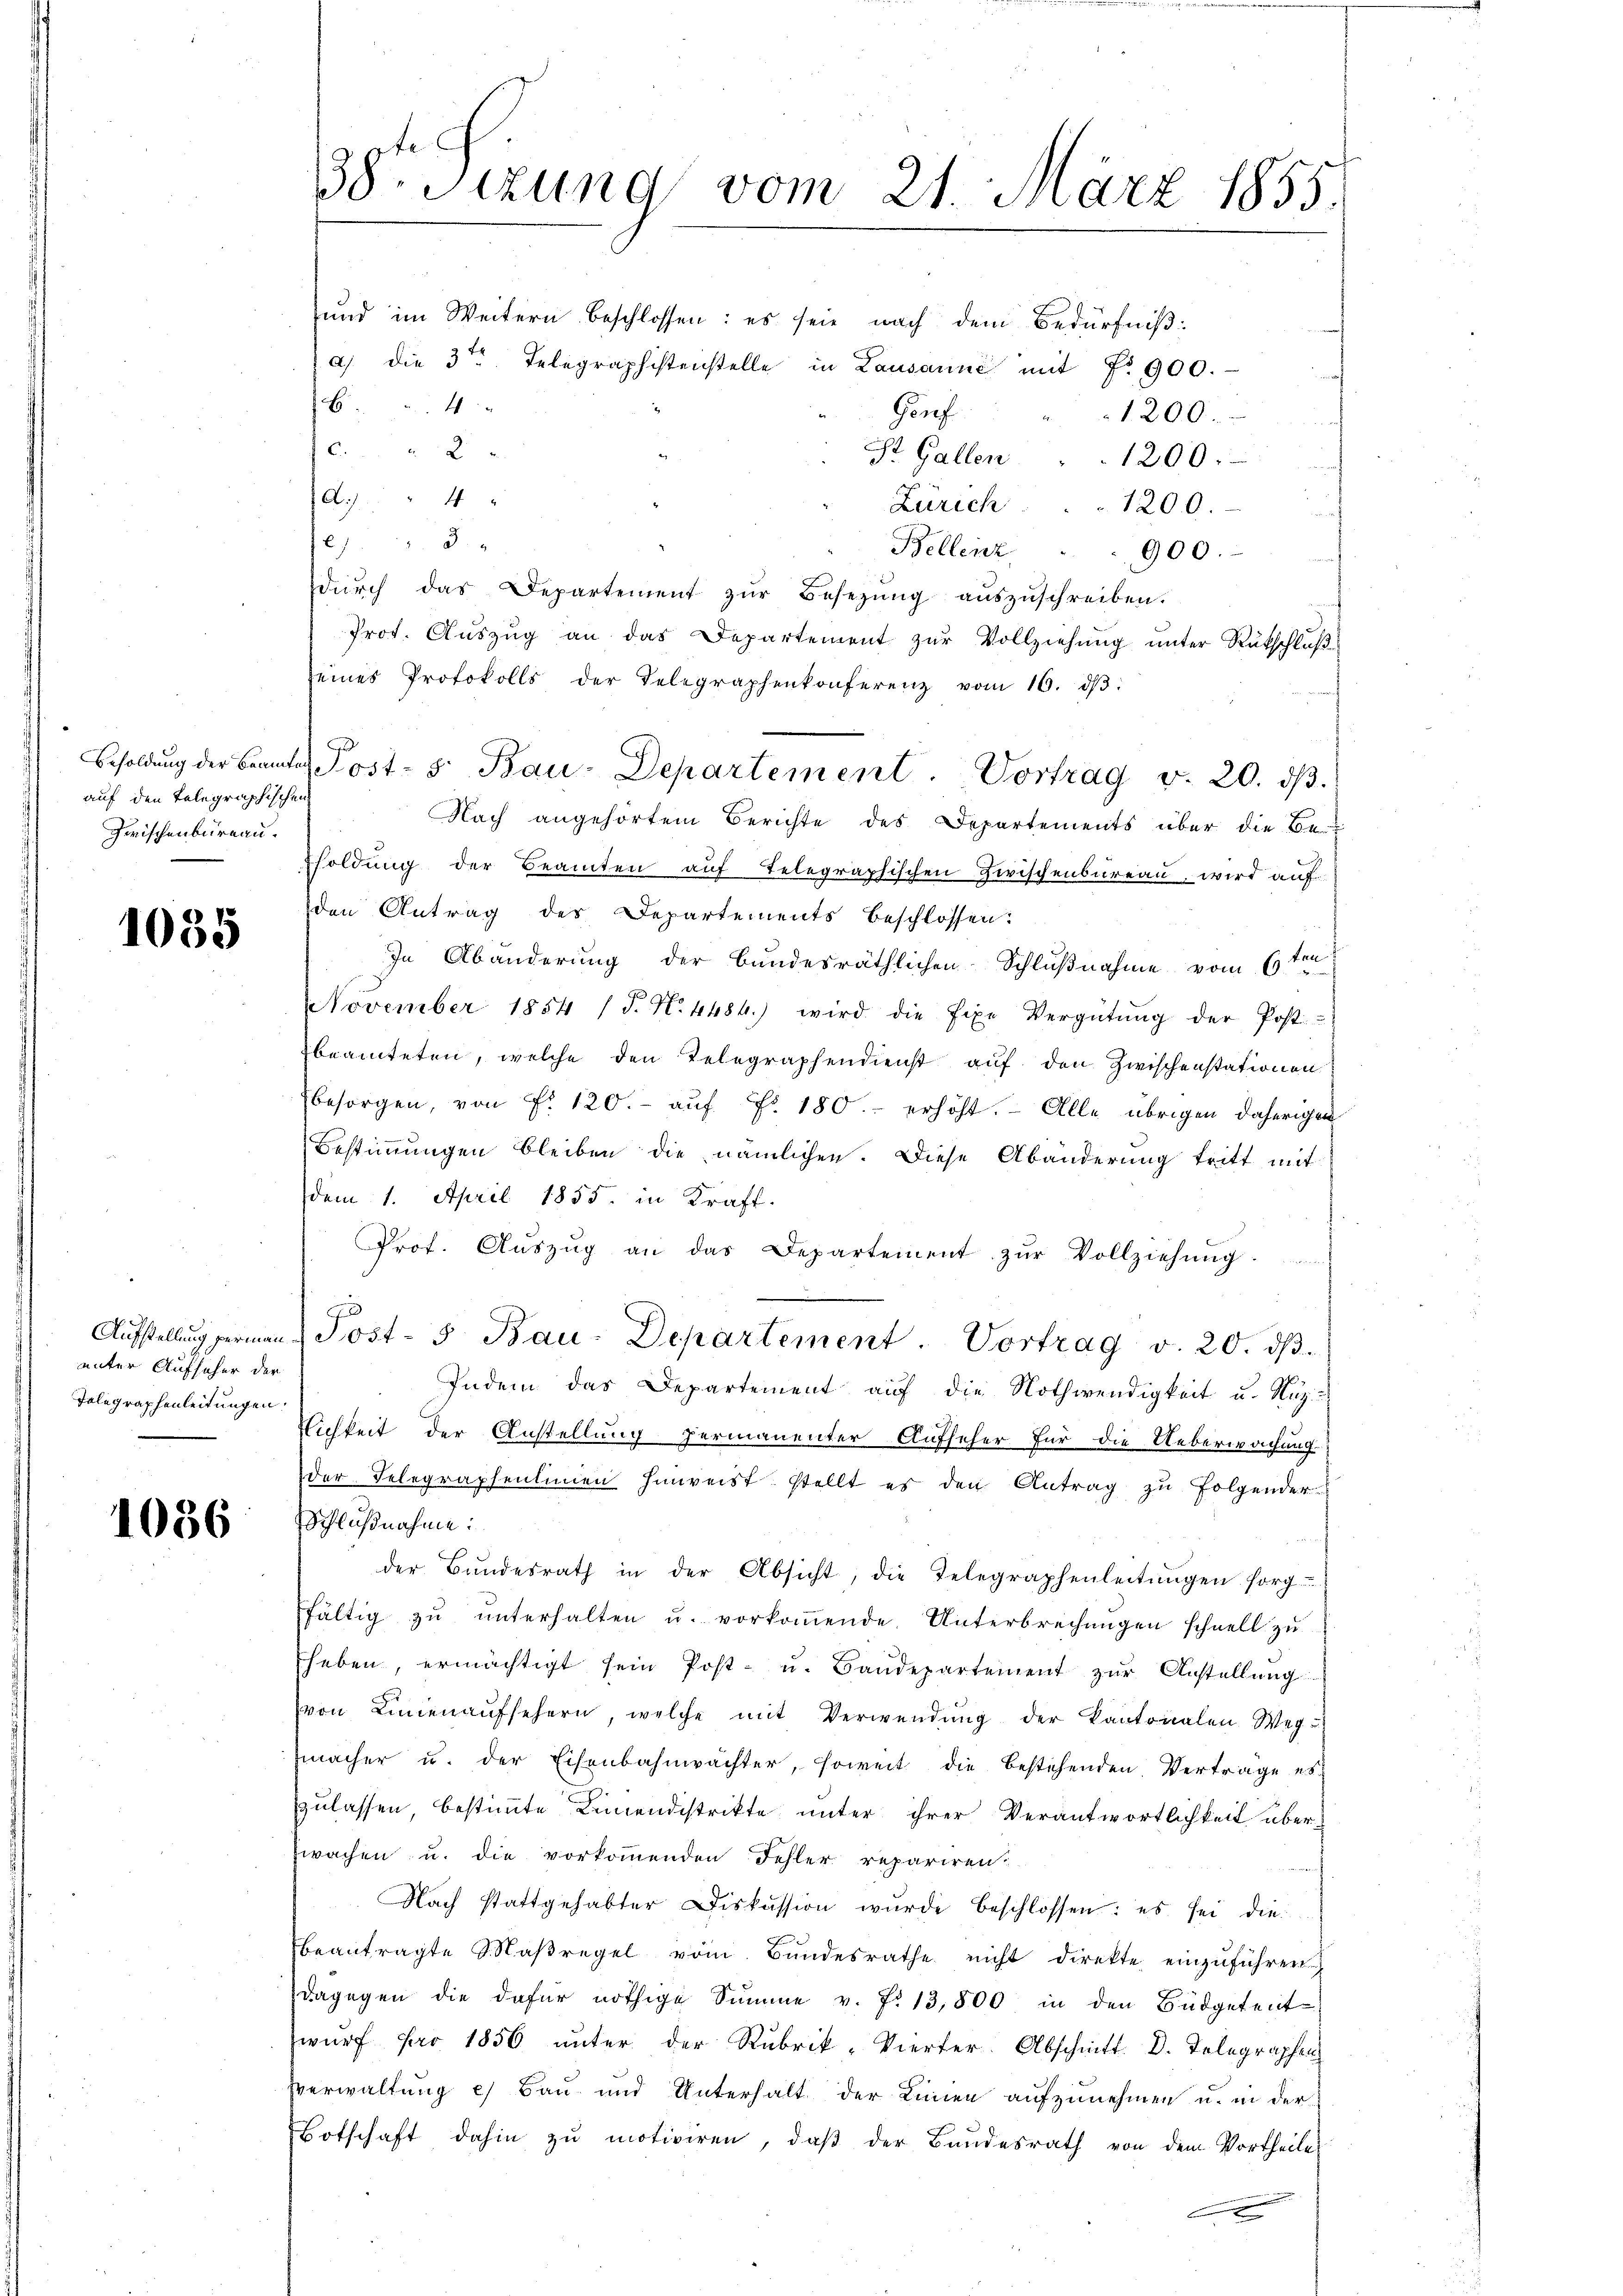
auf den telegraphischen
Zwischenbureau.

1035

unter Aufseher der
Telegraphenleitungen.

1036

38. Sizung vom 21. März 1855.

und im Weitern beschlossen: es seie nach dem Bedürfniß:
a) die 3ten Telegraphistenstelle in Lausanne mit No 900.
B 4
Gorf
1200.
E
St. Gallen . . 1200.
A.) " " 4 x
Zürich . . . 1200.
 728.
Bellenz  .. 900.
dŭrch das Departement zŭr Besetzŭng aŭszŭschreiben.
Prot. Auszug an das Departement zur Vollziehung unter Rükschluß
seines Protokolls der Telegraphenkonferenz vom 16. dβ.
.
Nach angehörtem Berichte des Departements über die Be-
soldung der Beamten auf telegraphischen Zwischenbureau, wird auf
den Antrag des Departements beschlossen:
In Abänderung der bundesräthlichen Schlußnahme vom 6ten
November 1854 (T. N. 4484) wird die fixe Vergütŭng der Post-
beamteten, welche den Telegraphendienst auf den Zwischenstationen
besorgen, von f. 120.- aŭf Fr. 180. erhöht. Alle übrigen daherigen
Bestimmungen bleiben die nämlichen. Diese Abänderung tritt mit
dem 1. April 1855. in Kraft.
Prof. Auszug an das Departement zur Vollziehung.
a
Aufstellung german Post- u Bau-Departement. Vortrag v. 20. dβ.
Indem das Departement aŭf die Nothwendigkeit u. Nuz
Vichkeit der Anstellung permanenter Aufseher für die Ueberwachung
der Telegraphentimen hinweist, stellt es den Antrag zu folgender-
Schlußnahme:
der Bŭndesrath in der Absicht, die Telegraphenleitŭngen sorg-
fältig zŭ ŭnterhalten u. vorkoṁende Unterbrechŭngen schnell zŭ
heben, ermächtigt sein Post- u. Baŭdepartement zŭr Anstellung
von Linienaŭfsehern, welche mit Verwendŭng der Kantonalen Weg-
macher u. der Eisenbahnwächter, soweit die bestehenden Verträge es
zulassen bestimmte Lemendistrikte unter ihrer Verantwortlichkeit über-
wachen u. die vorkommenden Fehler repariren.
Nach stattgehabter Diskussion wurde beschlossen: es sei die
beantragte Maßregel vom Bundesrathe nicht direkte einzuführen
dagegen die dafür nöthige Summe v. f. 13,800 in den Büdgetent-
wŭrf pro 1856 ŭnter der Rubrik-Vierter. Abschnitt. D. Telegraphen
Verwaltung a) Bau und Unterhalt der Linien aufzunehmen u. in der
Botschaft dahin zŭ motiviren, daβ der Bundesrath von dem Vortheile
e

Besoldŭng der Beamtes Post- u Bau-Departement. Vortrag v. 20. dβ.